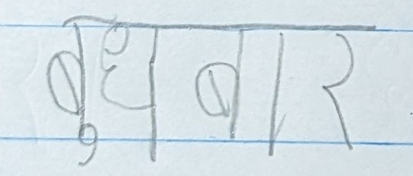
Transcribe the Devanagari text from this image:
बुधवार